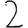
Digit: 2